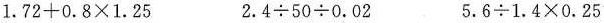
1.$$7 2 + 0 . 8 \times 1 . 2 5$$ $$2 . 4 \div 5 0 \div 0 . 0 2$$ $$5 . 6 \div 1 . 4 \times 0 . 2 5$$